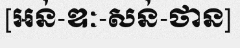
[អន់-ឌៈ-សន់-ថាន]